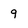
Character: 9